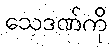
သေဒဏ်ကို